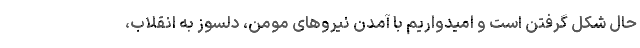
حال شکل گرفتن است و امیدواریم با آمدن نیروهای مومن‌، دلسوز به انقلاب،